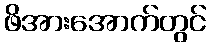
ဖိအားအောက်တွင်